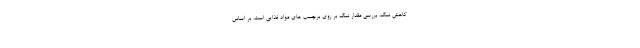
کاهش نمک، بررسی مقدار نمک بر روی برچسب های مواد غذایی است. بر اساس